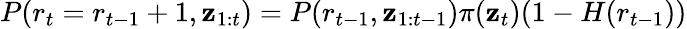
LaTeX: P(r_{t}=r_{t-1}+1,\boldsymbol{\mathbf{z}}_{1:t})=P(r_{t-1},\boldsymbol{\mathbf{z}}_{1:t-1})\pi(\boldsymbol{\mathbf{z}}_{t})(1-H(r_{t-1}))